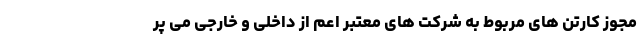
مجوز کارتن های مربوط به شرکت های معتبر اعم از داخلی و خارجی می پر